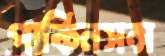
পার্কিনসন্স